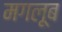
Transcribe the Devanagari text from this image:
मगलूब